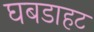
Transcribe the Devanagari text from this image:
घबडाहट